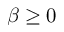
\beta \geq 0